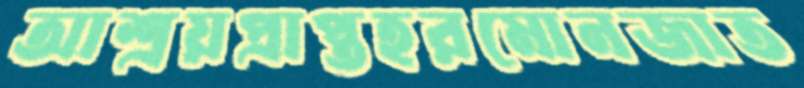
আশ্রয়প্রাপ্তহরমোনজাত